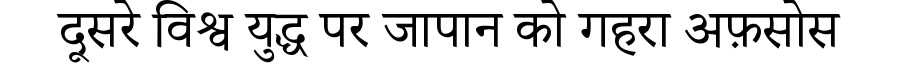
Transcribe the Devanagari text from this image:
दूसरे विश्व युद्ध पर जापान को गहरा अफ़सोस